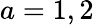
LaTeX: a=1,2